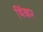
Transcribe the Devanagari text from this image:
थिंकर